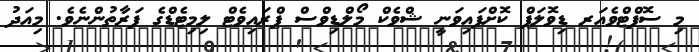
މި ސޮފްޓްވެއަރ ޑިވޮލަޕް ކޮށްފައިވަނީ ޝްވެކް މޯލްޑިވްސް ޕްރައިވެޓް ލިމިޓެޑްގެ ފަރާތުންނެވެ. މިއަދު